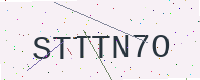
Text: STTTN7O